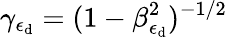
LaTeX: \gamma_{\epsilon_{\mathrm{d}}}=(1-\beta_{\epsilon_{\mathrm{d}}}^{2})^{-1/2}